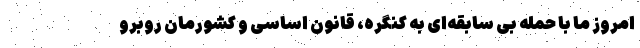
امروز ما با حمله بی سابقه‌ای به کنگره، قانون اساسی و کشورمان روبرو